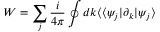
W = \sum _ { j } \frac { i } { 4 \pi } \oint d k \langle \langle \psi _ { j } | \partial _ { k } | \psi _ { j } \rangle